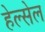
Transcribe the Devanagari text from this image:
हेल्सेल